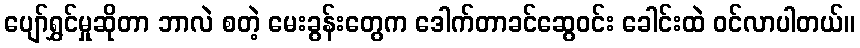
ပျော်ရွှင်မှုဆိုတာ ဘာလဲ စတဲ့ မေးခွန်းတွေက ဒေါက်တာခင်ဆွေဝင်း ခေါင်းထဲ ဝင်လာပါတယ်။